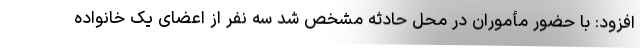
افزود: با حضور مأموران در محل حادثه مشخص شد سه نفر از اعضای یک خانواده